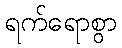
ရက်ရောစွာ